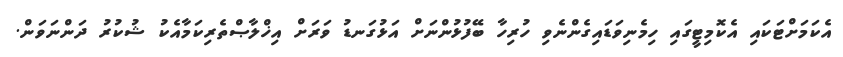
އެކަމަށްޓަކައި އެކޮމިޓީގައި ހިމެނިވަޑައިގެންނެވި ހުރިހާ ބޭފުޅުންނަށް އަޅުގަނޑު ވަރަށް އިޚްލާޞްތެރިކަމާއެކު ޝުކުރު ދަންނަވަން.